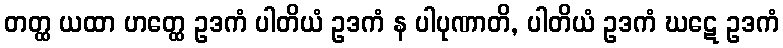
တတ္ထ ယထာ ဟတ္ထေ ဥဒကံ ပါတိယံ ဥဒကံ န ပါပုဏာတိ, ပါတိယံ ဥဒကံ ဃဋေ ဥဒကံ